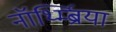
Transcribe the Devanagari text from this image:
नॉर्थ्म्ब्रिया